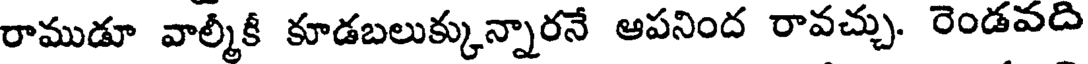
రాముడూ వాల్మీకీ కూడబలుక్కున్నారనే ఆపనింద రావచ్చు. రెండవది